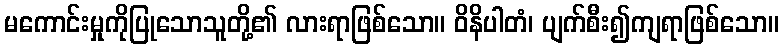
မကောင်းမှုကိုပြုသောသူတို့၏ လားရာဖြစ်သော။ ဝိနိပါတံ၊ ပျက်စီး၍ကျရာဖြစ်သော။